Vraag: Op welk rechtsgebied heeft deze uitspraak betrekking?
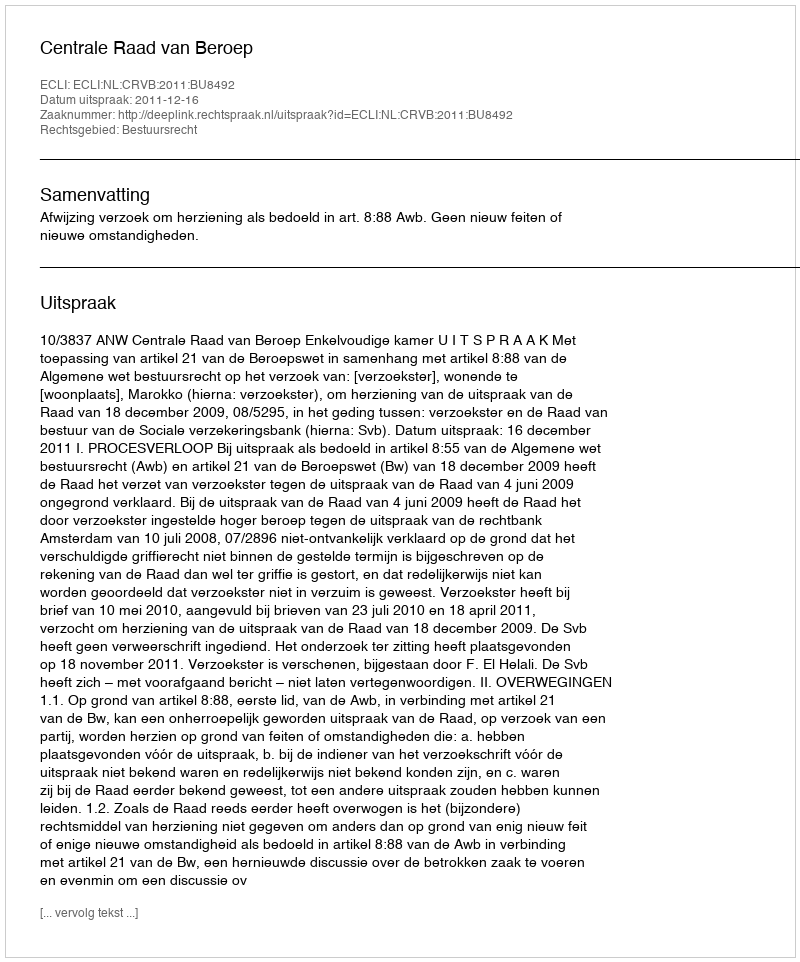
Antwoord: Bestuursrecht